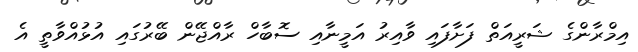
އިމްރާންގެ ޝަރީއަތް ފަށާފައި ވާއިރު އަމީނާއި ސޮބާހް ރާއްޖޭން ބޭރުގައި އުޅުއްވާތީ އެ